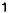
1